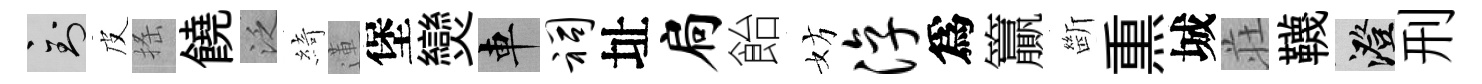
到皮搖饒泛綺蓮堡𤓖車祠址扃飴妨淳爲籯㫁𤋱城荘韈澄刑